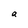
Character: a